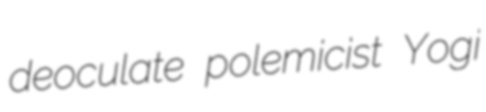
deoculate polemicist Yogi